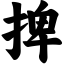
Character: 捭